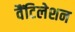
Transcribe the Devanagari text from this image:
वैंटिलेशन